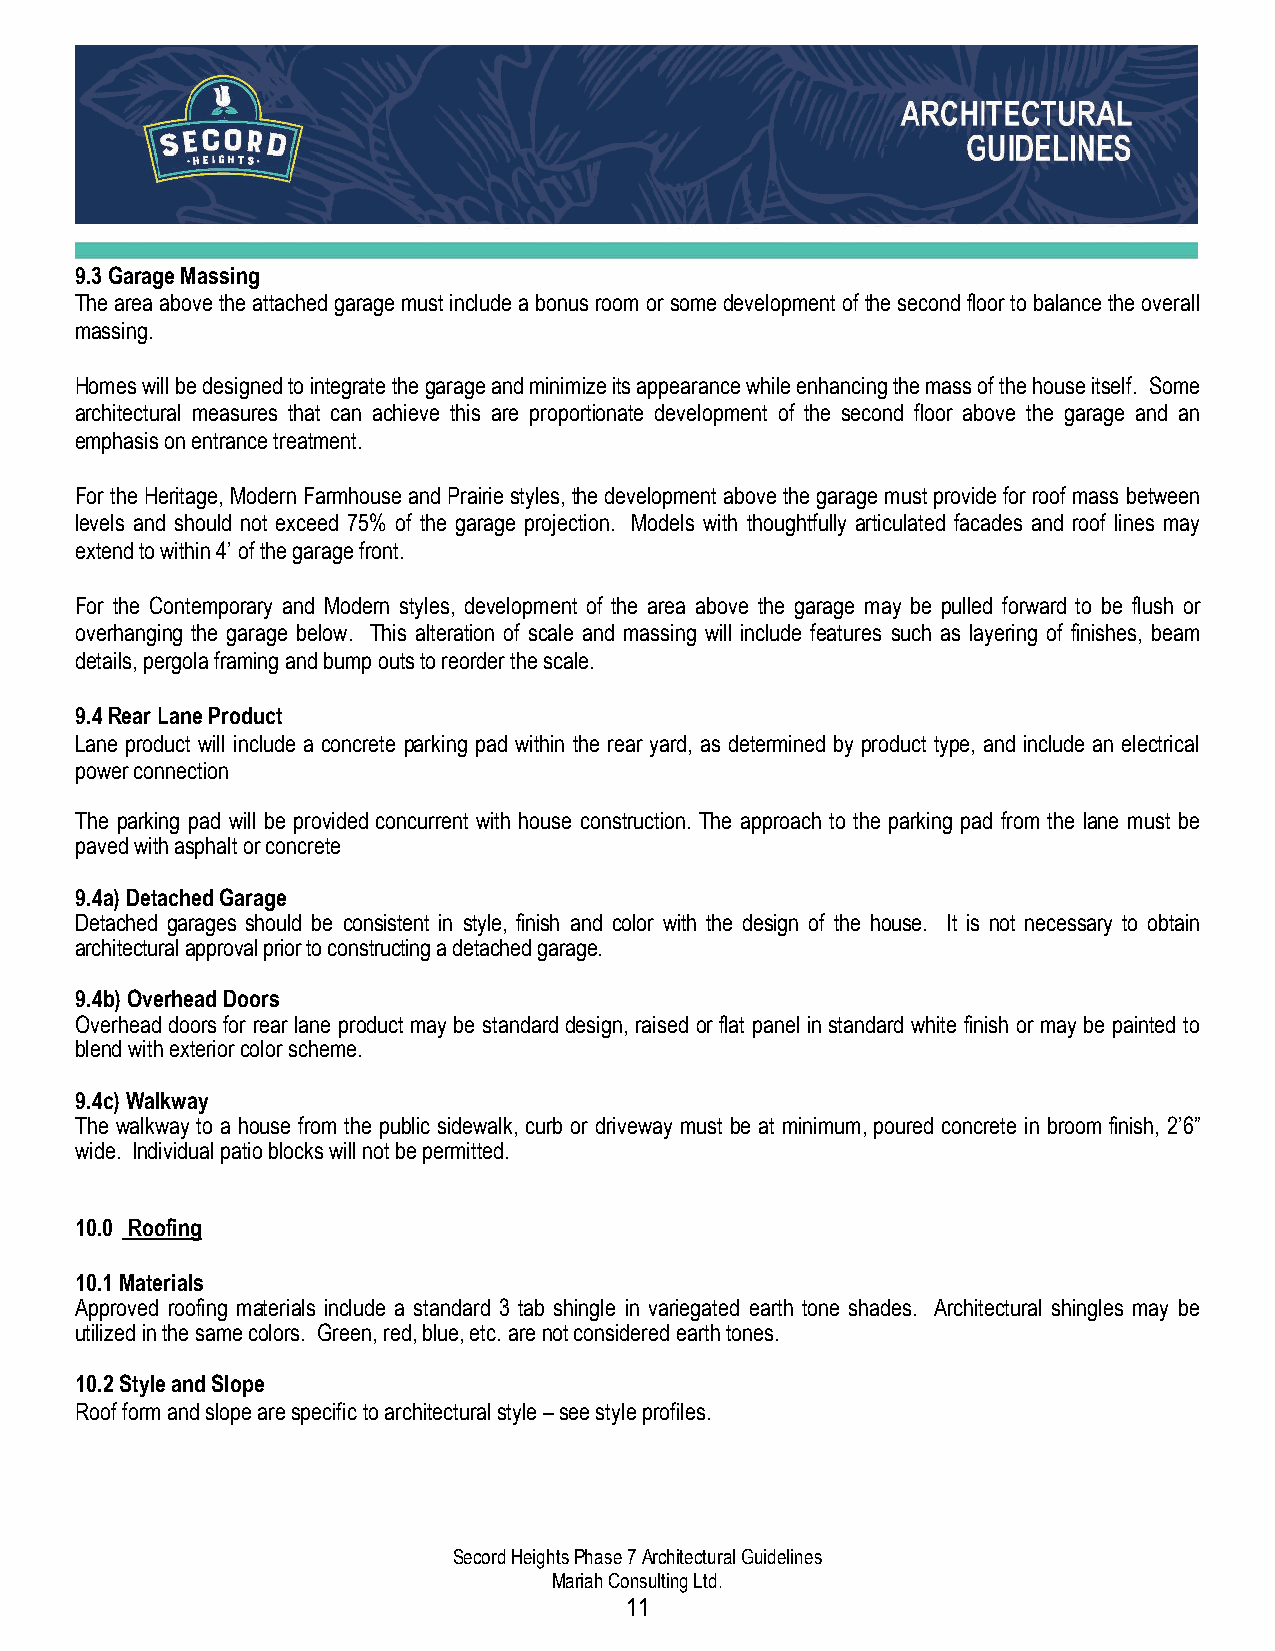
9.3 Garage Massing
 The area above the attached garage must include a bonus room or some development of the second floor to balance the overall
 massing.
 Homes will be designed to integrate the garage and minimize its appearance while enhancing the mass of the house itself. Some
 architectural measures that can achieve this are proportionate development of the second floor above the garage and an
 emphasis on entrance treatment.
 For the Heritage, Modern Farmhouse and Prairie styles, the development above the garage must provide for roof mass between
 levels and should not exceed 75% of the garage projection. Models with thoughtfully articulated facades and roof lines may
 extend to within 4’ of the garage front.
 For the Contemporary and Modern styles, development of the area above the garage may be pulled forward to be flush or
 overhanging the garage below. This alteration of scale and massing will include features such as layering of finishes, beam
 details, pergola framing and bump outs to reorder the scale.
 9.4 Rear Lane Product
 Lane product will include a concrete parking pad within the rear yard, as determined by product type, and include an electrical
 power connection
 The parking pad will be provided concurrent with house construction. The approach to the parking pad from the lane must be
 paved with asphalt or concrete
 9.4a) Detached Garage
 Detached garages should be consistent in style, finish and color with the design of the house. It is not necessary to obtain
 architectural approval prior to constructing a detached garage.
 9.4b) Overhead Doors
 Overhead doors for rear lane product may be standard design, raised or flat panel in standard white finish or may be painted to
 blend with exterior color scheme.
 9.4c) Walkway
 The walkway to a house from the public sidewalk, curb or driveway must be at minimum, poured concrete in broom finish, 2’6”
 wide. Individual patio blocks will not be permitted.
 10.0 Roofing
 10.1 Materials
 Approved roofing materials include a standard 3 tab shingle in variegated earth tone shades. Architectural shingles may be
 utilized in the same colors. Green, red, blue, etc. are not considered earth tones.
 10.2 Style and Slope
 Roof form and slope are specific to architectural style – see style profiles.
 Secord Heights Phase 7 Architectural Guidelines
 Mariah Consulting Ltd.
 11